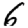
Digit: 6